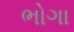
ભોગા